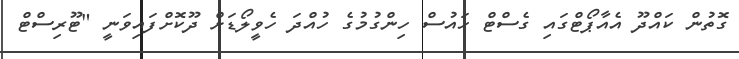
ގޮތުން ކައްދޫ އެއާޕޯޓްގައި ގެސްޓް ހައުސް ހިންގުމުގެ ހުއްދަ ހެވީލޯޑަށް ދޫކޮށްފައިވަނީ "ޓޫރިސްޓް